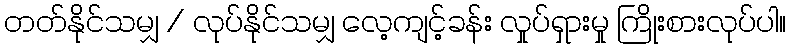
တတ်နိုင်သမျှ / လုပ်နိုင်သမျှ လေ့ကျင့်ခန်း လှုပ်ရှားမှု ကြိုးစားလုပ်ပါ။